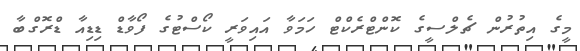
މީގެ އިތުރުން ޗެލްސީގެ ކޮންޓްރެކްޓް ހަމަވާ އައިވަރީ ކޯސްޓުގެ ފޯވާޑް ޑިޑިއާ ޑްރޮގްބާ